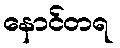
နောင်တရ